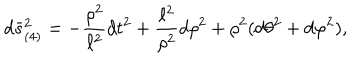
d \bar { s } _ { ( 4 ) } ^ { 2 } = - { \frac { \rho ^ { 2 } } { \ell ^ { 2 } } } d t ^ { 2 } + { \frac { \ell ^ { 2 } } { \rho ^ { 2 } } } d \rho ^ { 2 } + \rho ^ { 2 } ( d \theta ^ { 2 } + d \varphi ^ { 2 } ) ,